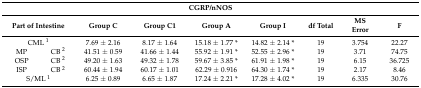
<table><thead><tr><td colspan="9"><b>CGRP/nNOS</b></td></tr><tr><td colspan="2"><b>Part of Intestine</b></td><td><b>Group C</b></td><td><b>Group C1</b></td><td><b>Group A</b></td><td><b>Group I</b></td><td><b>df Total</b></td><td><b>MS Error</b></td><td><b>F</b></td></tr></thead><tbody><tr><td colspan="2">CML <sup>1</sup></td><td>7.69 ± 2.16</td><td>8.17 ± 1.64</td><td>15.18 ± 1.77 *</td><td>14.82 ± 2.14 *</td><td>19</td><td>3.754</td><td>22.27</td></tr><tr><td>MP</td><td>CB <sup>2</sup></td><td>41.51 ± 0.59</td><td>41.66 ± 1.44</td><td>55.92 ± 1.91 *</td><td>52.55 ± 2.96 *</td><td>19</td><td>3.71</td><td>74.75</td></tr><tr><td>OSP</td><td>CB <sup>2</sup></td><td>49.20 ± 1.63</td><td>49.32 ± 1.78</td><td>59.67 ± 3.85 *</td><td>61.91 ± 1.98 *</td><td>19</td><td>6.15</td><td>36.725</td></tr><tr><td>ISP</td><td>CB <sup>2</sup></td><td>60.44 ± 1.94</td><td>60.17 ± 1.01</td><td>62.29 ± 0.916</td><td>64.30 ± 1.74 *</td><td>19</td><td>2.17</td><td>8.46</td></tr><tr><td colspan="2">S/ML <sup>1</sup></td><td>6.25 ± 0.89</td><td>6.65 ± 1.87</td><td>17.24 ± 2.21 *</td><td>17.28 ± 4.02 *</td><td>19</td><td>6.335</td><td>30.76</td></tr></tbody></table>